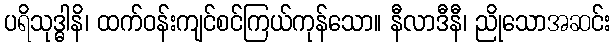
ပရိသုဒ္ဓါနိ၊ ထက်ဝန်းကျင်စင်ကြယ်ကုန်သော။ နီလာဒီနီ၊ ညိုသောအဆင်း